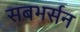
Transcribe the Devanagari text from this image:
सबभर्सन